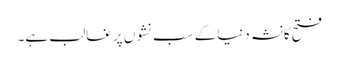
فتح کانشہ دنیاکے سب نشوں پر غالب ہے۔